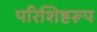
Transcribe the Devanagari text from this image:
परिशिष्टरूप